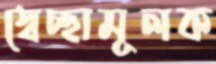
স্বেচ্ছামূলক